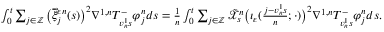
\begin{array} { r } { \int _ { 0 } ^ { t } \sum _ { j \in \mathbb { Z } } \big ( \overrightarrow { \xi } _ { j } ^ { \varepsilon n } ( s ) \big ) ^ { 2 } \nabla ^ { 1 , n } T _ { v _ { n } ^ { 1 } s } ^ { - } \varphi _ { j } ^ { n } d s = \frac { 1 } { n } \int _ { 0 } ^ { t } \sum _ { j \in \mathbb { Z } } \tilde { \mathcal { X } } _ { s } ^ { n } \big ( \iota _ { \varepsilon } ( { \textstyle \frac { j - v _ { n } ^ { 1 } s } { n } } ; \cdot ) \big ) ^ { 2 } \nabla ^ { 1 , n } T _ { v _ { n } ^ { 1 } s } ^ { - } \varphi _ { j } ^ { n } d s . } \end{array}